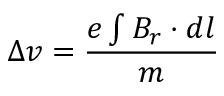
\Delta v = \frac { e \int B _ { r } \cdot d l } { m }